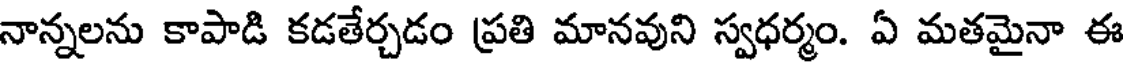
నాన్నలను కాపాడి కడతేర్చడం ప్రతి మానవుని స్వధర్మం. ఏ మతమైనా ఈ